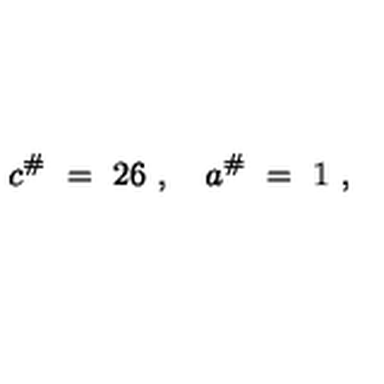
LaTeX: c ^ { \# } \ = \ 2 6 \ , \quad a ^ { \# } \ = \ 1 \ ,